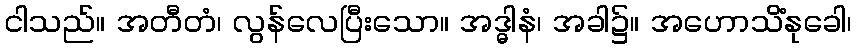
ငါသည်။ အတီတံ၊ လွန်လေပြီးသော။ အဒ္ဓါနံ၊ အခါ၌။ အဟောသိံနုခေါ၊